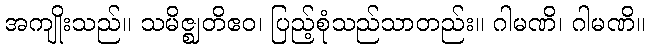
အကျိုးသည်။ သမိဇ္ဈတိဧဝ၊ ပြည့်စုံသည်သာတည်း။ ဂါမဏိ၊ ဂါမဏိ။